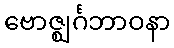
ဗောဇ္ဈင်္ဂဘာဝနာ